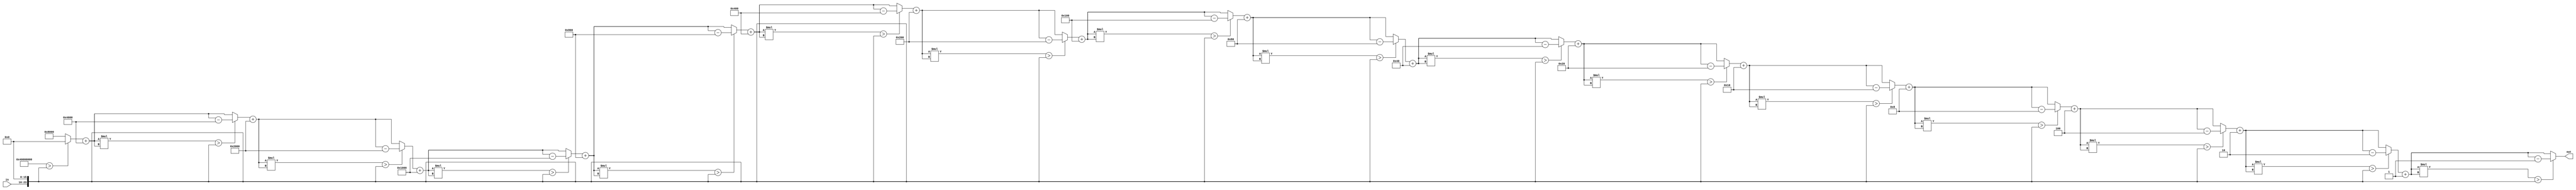
`timescale 1ns / 1ps
//////////////////////////////////////////////////////////////////////////////////
// Company: 
// Engineer: 
// 
// Design Name: 
// Module Name:    square_root 
// Project Name: 
// Target Devices: 
// Tool versions: 
// Description: 
//
// Dependencies: 
//
// Revision: 
// Revision 0.01 - File Created
// Additional Comments: 
//
//////////////////////////////////////////////////////////////////////////////////
 module square_root(
 
	 output [15:0] out,
	 input  [7:0] in );

	
	 reg [15:0] base;
	 reg [15:0] i;
	 reg [15:0] out2;
	 reg [31:0] in2; 
	 
	 
	 always @(*) begin
	 
		//initializare variabile auxiliare
		base = 16'b1000_0000_0000_0000;
		in2 = in;
		in2 = in2 << 16;
		out2 = 0;
		
		//16 iteratii pentru a modifica toti cei 16 biti ai iesirii
		for(i = 1; i <= 16; i = i + 1) begin
			out2 = out2+ base;
			if((out2 * out2) > in2)
				out2 = out2 - base;
			
			base = base >> 1;
		end
	end
	
	   //atribuire output
		assign out = out2;
endmodule